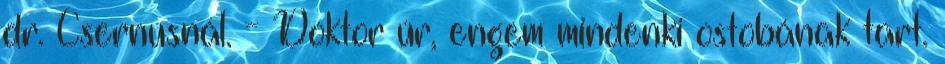
dr. Csernusnál. - Doktor úr, engem mindenki ostobának tart.